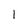
Character: l